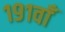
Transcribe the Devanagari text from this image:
१९१वाँ